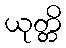
ယုတ္တိ